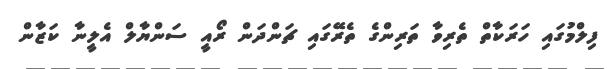
ފިލްމުގައި ހަރަކާތް ތެރިވާ ތަރިންގެ ތެރޭގައި ޗަންދަން ރޯއީ ސަންޔާލް އެލީނާ ކަޒާން